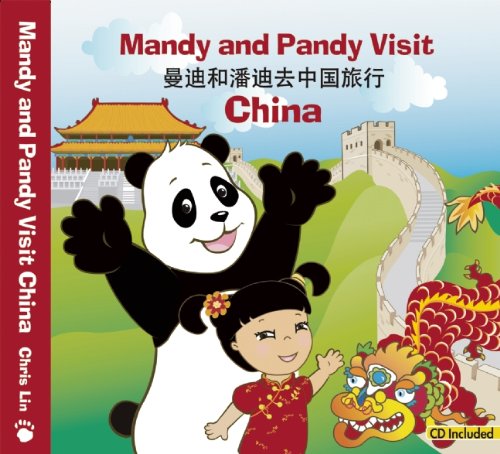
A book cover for Mandy and Pandy Visit China (English and Mandarin Chinese Edition); Chris Lin; Children's Books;